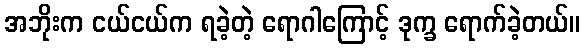
အဘိုးက ငယ်ငယ်က ရခဲ့တဲ့ ရောဂါကြောင့် ဒုက္ခ ရောက်ခဲ့တယ်။